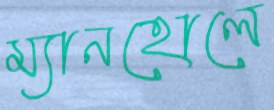
ম্যানহোলে